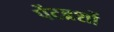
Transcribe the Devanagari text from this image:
पेंटब्रशों